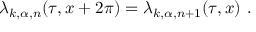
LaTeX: \lambda _ { k , \alpha , n } ( \tau , x + 2 \pi ) = \lambda _ { k , \alpha , n + 1 } ( \tau , x ) ~ .